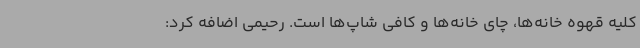
کلیه قهوه خانه‌ها، چای خانه‌ها و کافی شاپ‌ها است. رحیمی اضافه کرد: